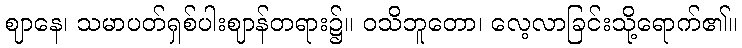
ဈာနေ၊ သမာပတ်ရှစ်ပါးဈာန်တရား၌။ ဝသိဘူတော၊ လေ့လာခြင်းသို့ရောက်၏။